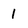
Character: 1